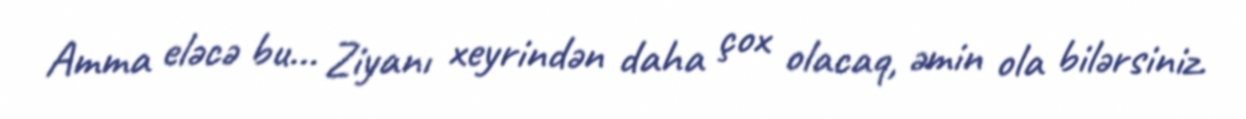
Amma eləcə bu... Ziyanı xeyrindən daha çox olacaq, əmin ola bilərsiniz.